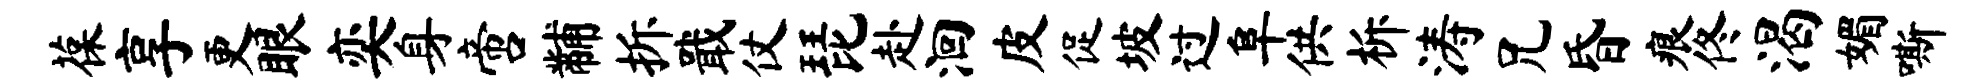
葆享更眼奕身啻黼拆戢仗琵赴洄皮促坡过阜供柝涛兄昏痕佟渴媚嘶